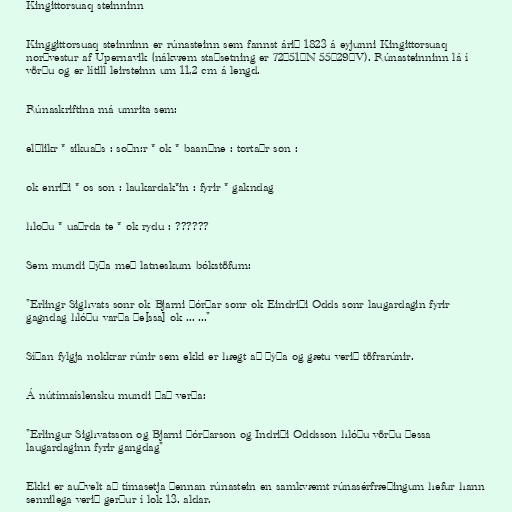
Kingittorsuaq steinninn

Kinggittorsuaq steinninn er rúnasteinn sem fannst árið 1823 á eyjunni Kingittorsuaq
norðvestur af Upernavik (nákvæm staðsetning er 72°51′N 55°29′V). Rúnasteinninn lá í
vörðu og er lítill leirsteinn um 11,2 cm á lengd.

Rúnaskriftina má umrita sem:

el=likr * sikuaþs : so=n:r * ok * baan=ne : torta=r son :

ok enriþi * os son : laukardak*in : fyrir * gakndag

hloþu * ua=rda te * ok rydu : ??????

Sem mundi þýða með latneskum bókstöfum:

"Erlingr Sighvats sonr ok Bjarni Þórðar sonr ok Eindriði Odds sonr laugardagin fyrir
gagndag hlóðu varða þe[ssa] ok ... ..."

Síðan fylgja nokkrar rúnir sem ekki er hægt að þýða og gætu verið töfrarúnir.

Á nútímaíslensku mundi það verða:

"Erlingur Sighvatsson og Bjarni Þórðarson og Indriði Oddsson hlóðu vörðu þessa
laugardaginn fyrir gangdag"

Ekki er auðvelt að tímasetja þennan rúnastein en samkvæmt rúnasérfræðingum hefur hann
sennilega verið gerður í lok 13. aldar.